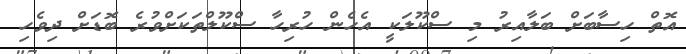
އޮތް ހިސާބަށް ބަލާއިރު މި ސްކޫލަކީ އެހެން ހުރިހާ ސްކޫލްތަކަށްވުރެ ބޮޑަށް ދިވެހި